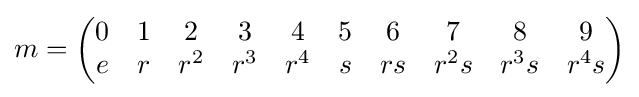
m={\begin{pmatrix}0&1&2&3&4&5&6&7&8&9\\e&r&r^{2}&r^{3}&r^{4}&s&rs&r^{2}s&r^{3}s&r^{4}s\end{pmatrix}}